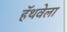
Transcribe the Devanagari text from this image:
हॅथवेला